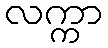
လက္ကာ